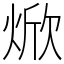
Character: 焮